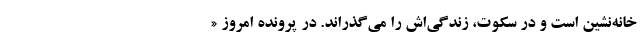
خانه‌نشین است و در سکوت، زندگی‌اش را می‌گذراند. در پرونده امروز «